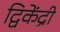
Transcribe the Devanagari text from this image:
द्विकेंद्री